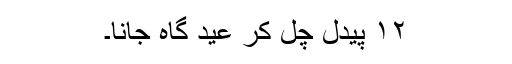
۱۲ پیدل چل کر عید گاہ جانا۔